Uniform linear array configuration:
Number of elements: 4
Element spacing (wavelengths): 0.75
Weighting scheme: exponential
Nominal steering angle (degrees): -15
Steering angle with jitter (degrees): -15.152
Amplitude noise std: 0.05
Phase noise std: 0.05

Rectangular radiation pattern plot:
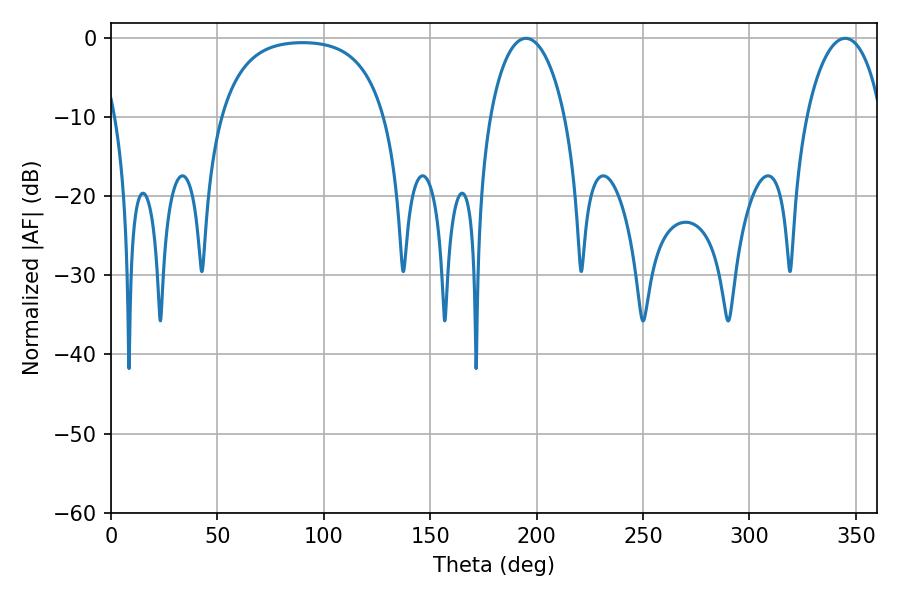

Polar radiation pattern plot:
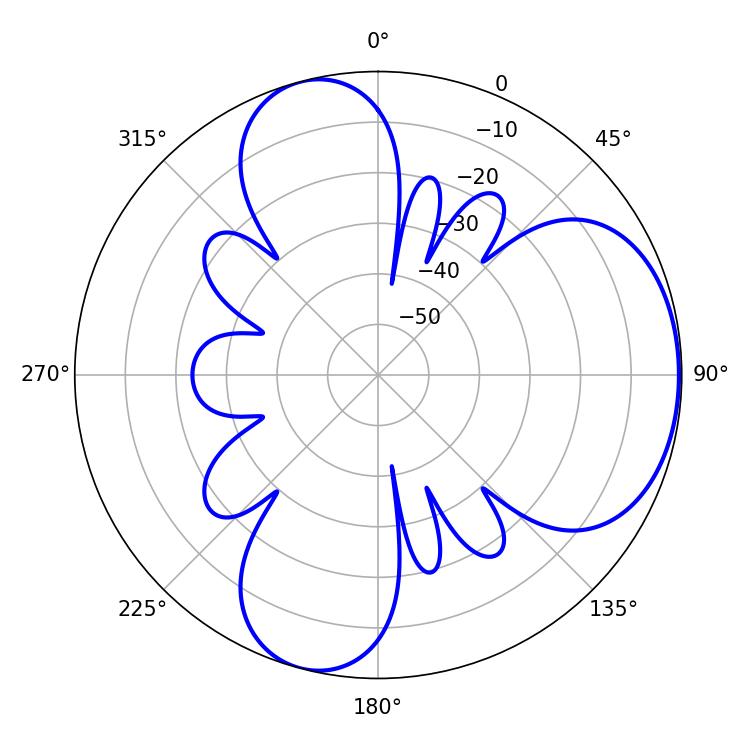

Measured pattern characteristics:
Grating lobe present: TRUE
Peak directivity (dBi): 5.414
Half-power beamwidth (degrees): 20.16
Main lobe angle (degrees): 194.94